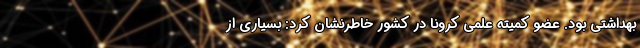
بهداشتی بود. عضو کمیته علمی کرونا در کشور خاطرنشان کرد: بسیاری از